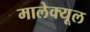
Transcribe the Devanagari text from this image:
मालेक्यूल